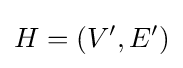
H=(V^{\prime },E^{\prime })